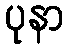
ပုနာ